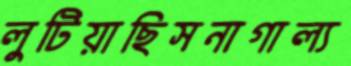
লুটিয়াছিসনাগাল্য